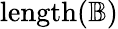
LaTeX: \mathrm{{length}}({\mathbb{B}})